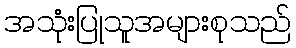
အသုံးပြုသူအများစုသည်